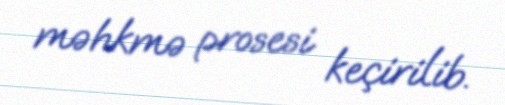
məhkmə prosesi keçirilib.